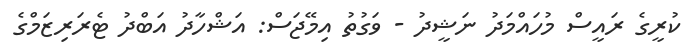
ކުރީގެ ރައީސް މުހައްމަދު ނަޝީދު - ވަގުތު އިމޭޖަސް: އަޝްހާދު އަބްދު ޓެރަރިޒަމްގެ